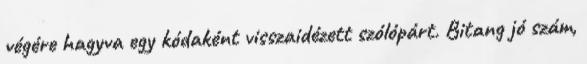
végére hagyva egy kódaként visszaidézett szólópárt. Bitang jó szám,